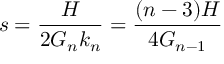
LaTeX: s = \frac { H } { 2 G _ { n } k _ { n } } = \frac { ( n - 3 ) H } { 4 G _ { n - 1 } }